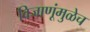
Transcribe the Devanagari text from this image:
विजाणूंमुळेच